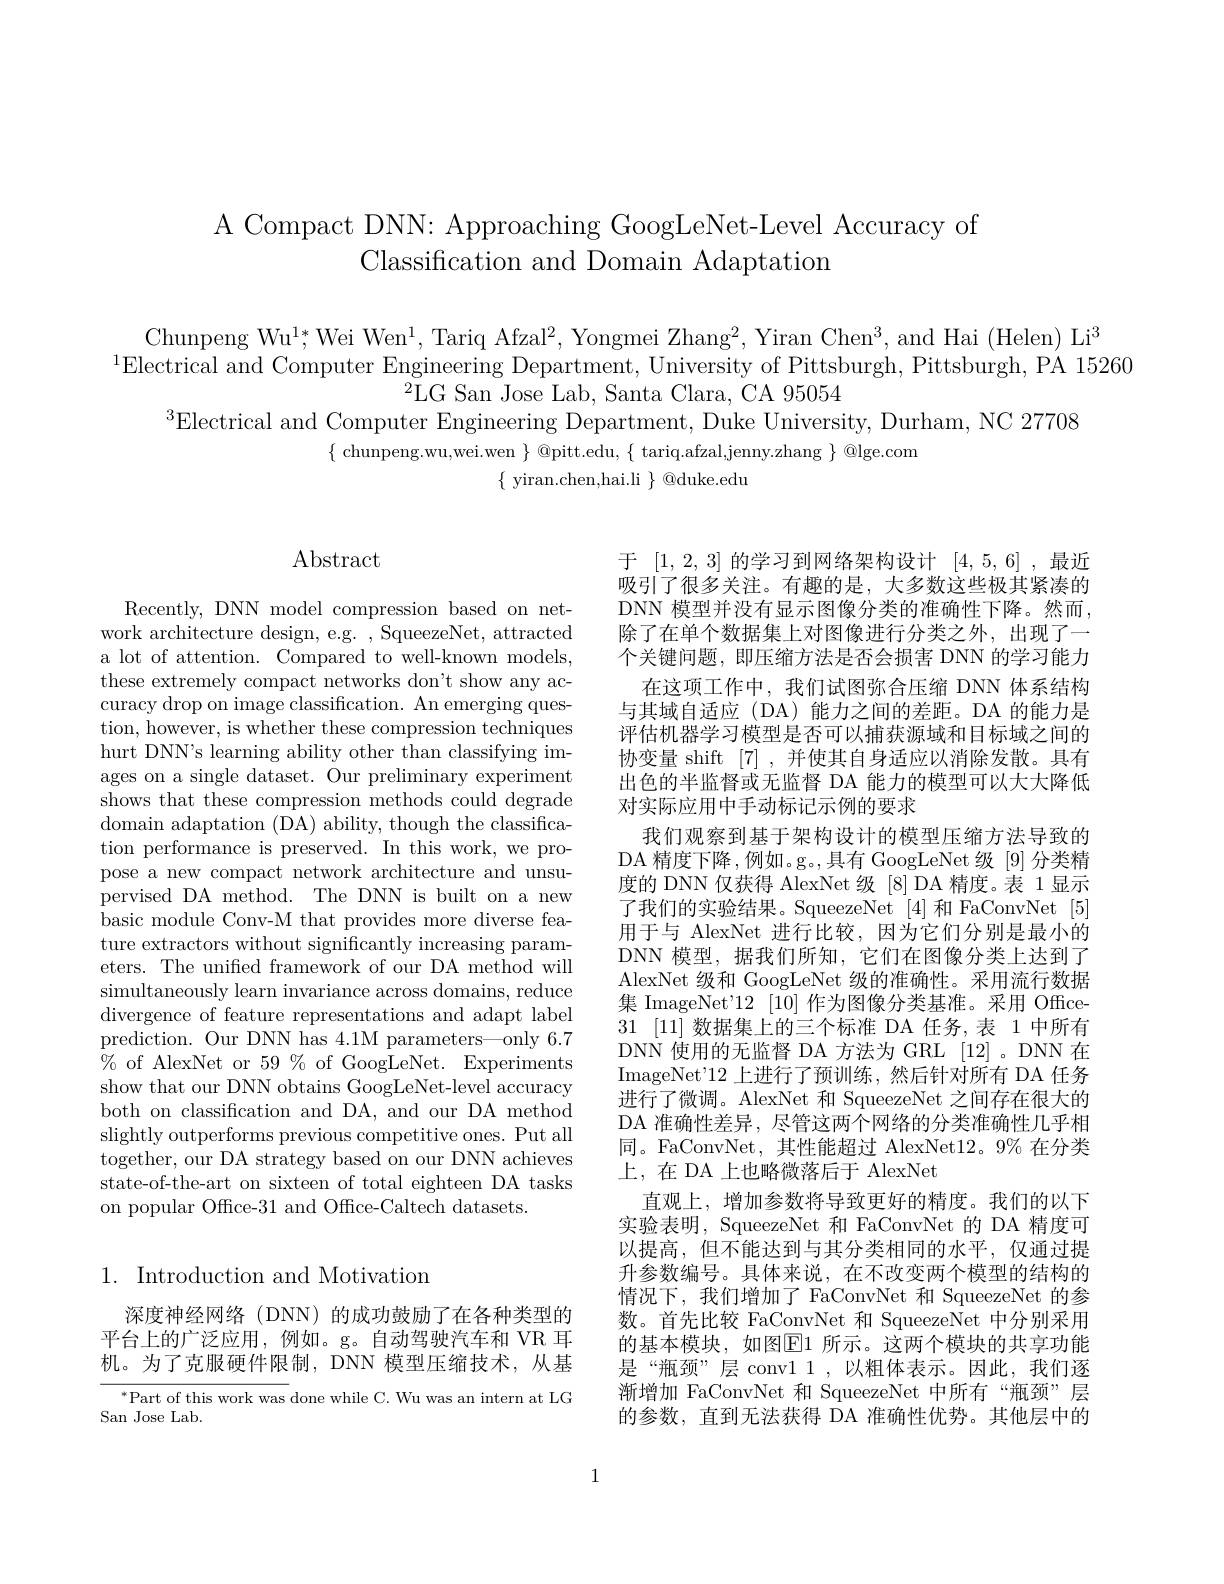
A Compact DNN: Approaching GoogLeNet-Level Accuracy of
Classification and Domain Adaptation

Chunpeng Wu$^1;$Wei Wen$^1$,Tariq Afzal$^2$, Yongmei Zhang$^2$, Yiran Chen$^3$, and Hai (Helen) Li$^3$
$^{1}$Electrical and Computer Engineering Department, University of Pittsburgh, Pittsburgh, PÁ 15260
$^{2}$LG San Jose Lab, Santa Clara, CA 95054
$^{3}$Electrical and Computer Engineering Department, Duke University, Durham, NC 27708
$\{$ chunpeng.wu,wei.wen $\}$ @pitt.edu, $\{$ tariq.afzal,jenny.zhang $\}$ @lge.com
$\{$ yiran.chen,hai.li $\}$ @duke.edu

## $\operatorname{Abstract}$

Recently, DNN model compression based on network architecture design, e.g. , SqueezeNet, attracted a lot of attention. Compared to well-known models, these extremely compact networks don't show any accuracy drop on image classification. An emerging question, however, is whether these compression techniques hurt DNN's learning ability other than classifying images on a single dataset. Our preliminary experiment shows that these compression methods could degrade domain adaptation (DA) ability, though the classification performance is preserved. In this work, we propose a new compact network architecture and unsupervised DA method. The DNN is built on a new basic module Conv-M that provides more diverse feature extractors without significantly increasing parameters. The unified framework of our DA method will simultaneously learn invariance across domains, reduce divergence of feature representations and adapt label prediction. Our DNN has 4.1M parameters—only 6.7 % of AlexNet or 59% of GoogLeNet. Experiments show that our DNN obtains GoogLeNet-level accuracy both on classification and DA, and our DA method slightly outperforms previous competitive ones. Put all together, our DA strategy based on our DNN achieves state-of-the-art on sixteen of total eighteen DA tasks on popular Office-31 and Office-Caltech datasets.

## 1. Introduction and Motivation

深度神经网络(DNN)的成功鼓励了在各种类型的平台上的广泛应用，例如。g。自动驾驶汽车和 VR 耳机。为了克服硬件限制，DNN 模型压缩技术，从基

$^*$Part of this work was done while C. Wu was an intern at LG
San Jose Lab.

于 [1,2,3] 的学习到网络架构设计[4,5,6],最近吸引了很多关注。有趣的是，大多数这些极其紧凑的DNN 模型并没有显示图像分类的准确性下降。然而， 除了在单个数据集上对图像进行分类之外，出现了一个关键问题，即压缩方法是否会损害 DNN 的学习能力
在这项工作中，我们试图弥合压缩 DNN 体系结构与其域自适应(DA)能力之间的差距。DA 的能力是评估机器学习模型是否可以捕获源域和目标域之间的协变量 shift [7] ,并使其自身适应以消除发散。具有出色的半监督或无监督 DA 能力的模型可以大大降低对实际应用中手动标记示例的要求
我们观察到基于架构设计的模型压缩方法导致的DA 精度下降，例如。g。,具有 GoogLeNet 级 [9] 分类精度的 DNN 仅获得 AlexNet 级 [8] DA 精度。表 1 显示了我们的实验结果。SqueezeNet [4]和 FaConvNet [5] 用于与 AlexNet 进行比较，因为它们分别是最小的DNN 模型，据我们所知，它们在图像分类上达到了AlexNet 级和 GoogLeNet 级的准确性。采用流行数据集 ImageNet'12 [10] 作为图像分类基准。采用 Office- 31 [11]数据集上的三个标准 DA 任务，表 1 中所有DNN 使用的无监督 DA 方法为 GRL [12]。DNN 在ImageNet'12 上进行了预训练，然后针对所有 DA 任务进行了微调。AlexNet 和 SqueezeNet 之间存在很大的DA 准确性差异，尽管这两个网络的分类准确性几乎相同。FaConvNet,其性能超过 AlexNet12。9% 在分类上，在 DA 上也略微落后于 AlexNet
直观上，增加参数将导致更好的精度。我们的以下实验表明，SqueezeNet 和 FaConvNet 的 DA 精度可以提高，但不能达到与其分类相同的水平，仅通过提升参数编号。具体来说，在不改变两个模型的结构的情况下，我们增加了 FaConvNet 和 SqueezeNet 的参数。首先比较 FaConvNet 和 SqueezeNet 中分别采用的基本模块，如图$\overline{\mathbb{E}}$1 所示。这两个模块的共享功能是“瓶颈”层 conv1 1,以粗体表示。因此，我们逐渐增加 FaConvNet 和 SqueezeNet 中所有“瓶颈”层的参数，直到无法获得 DA 准确性优势。其他层中的

1